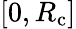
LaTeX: [0,R_{\mathrm{c}}]